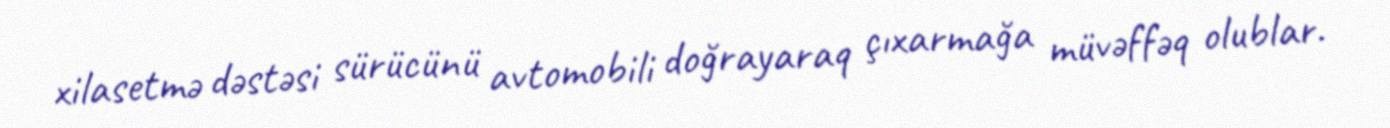
xilasetmə dəstəsi sürücünü avtomobili doğrayaraq çıxarmağa müvəffəq olublar.